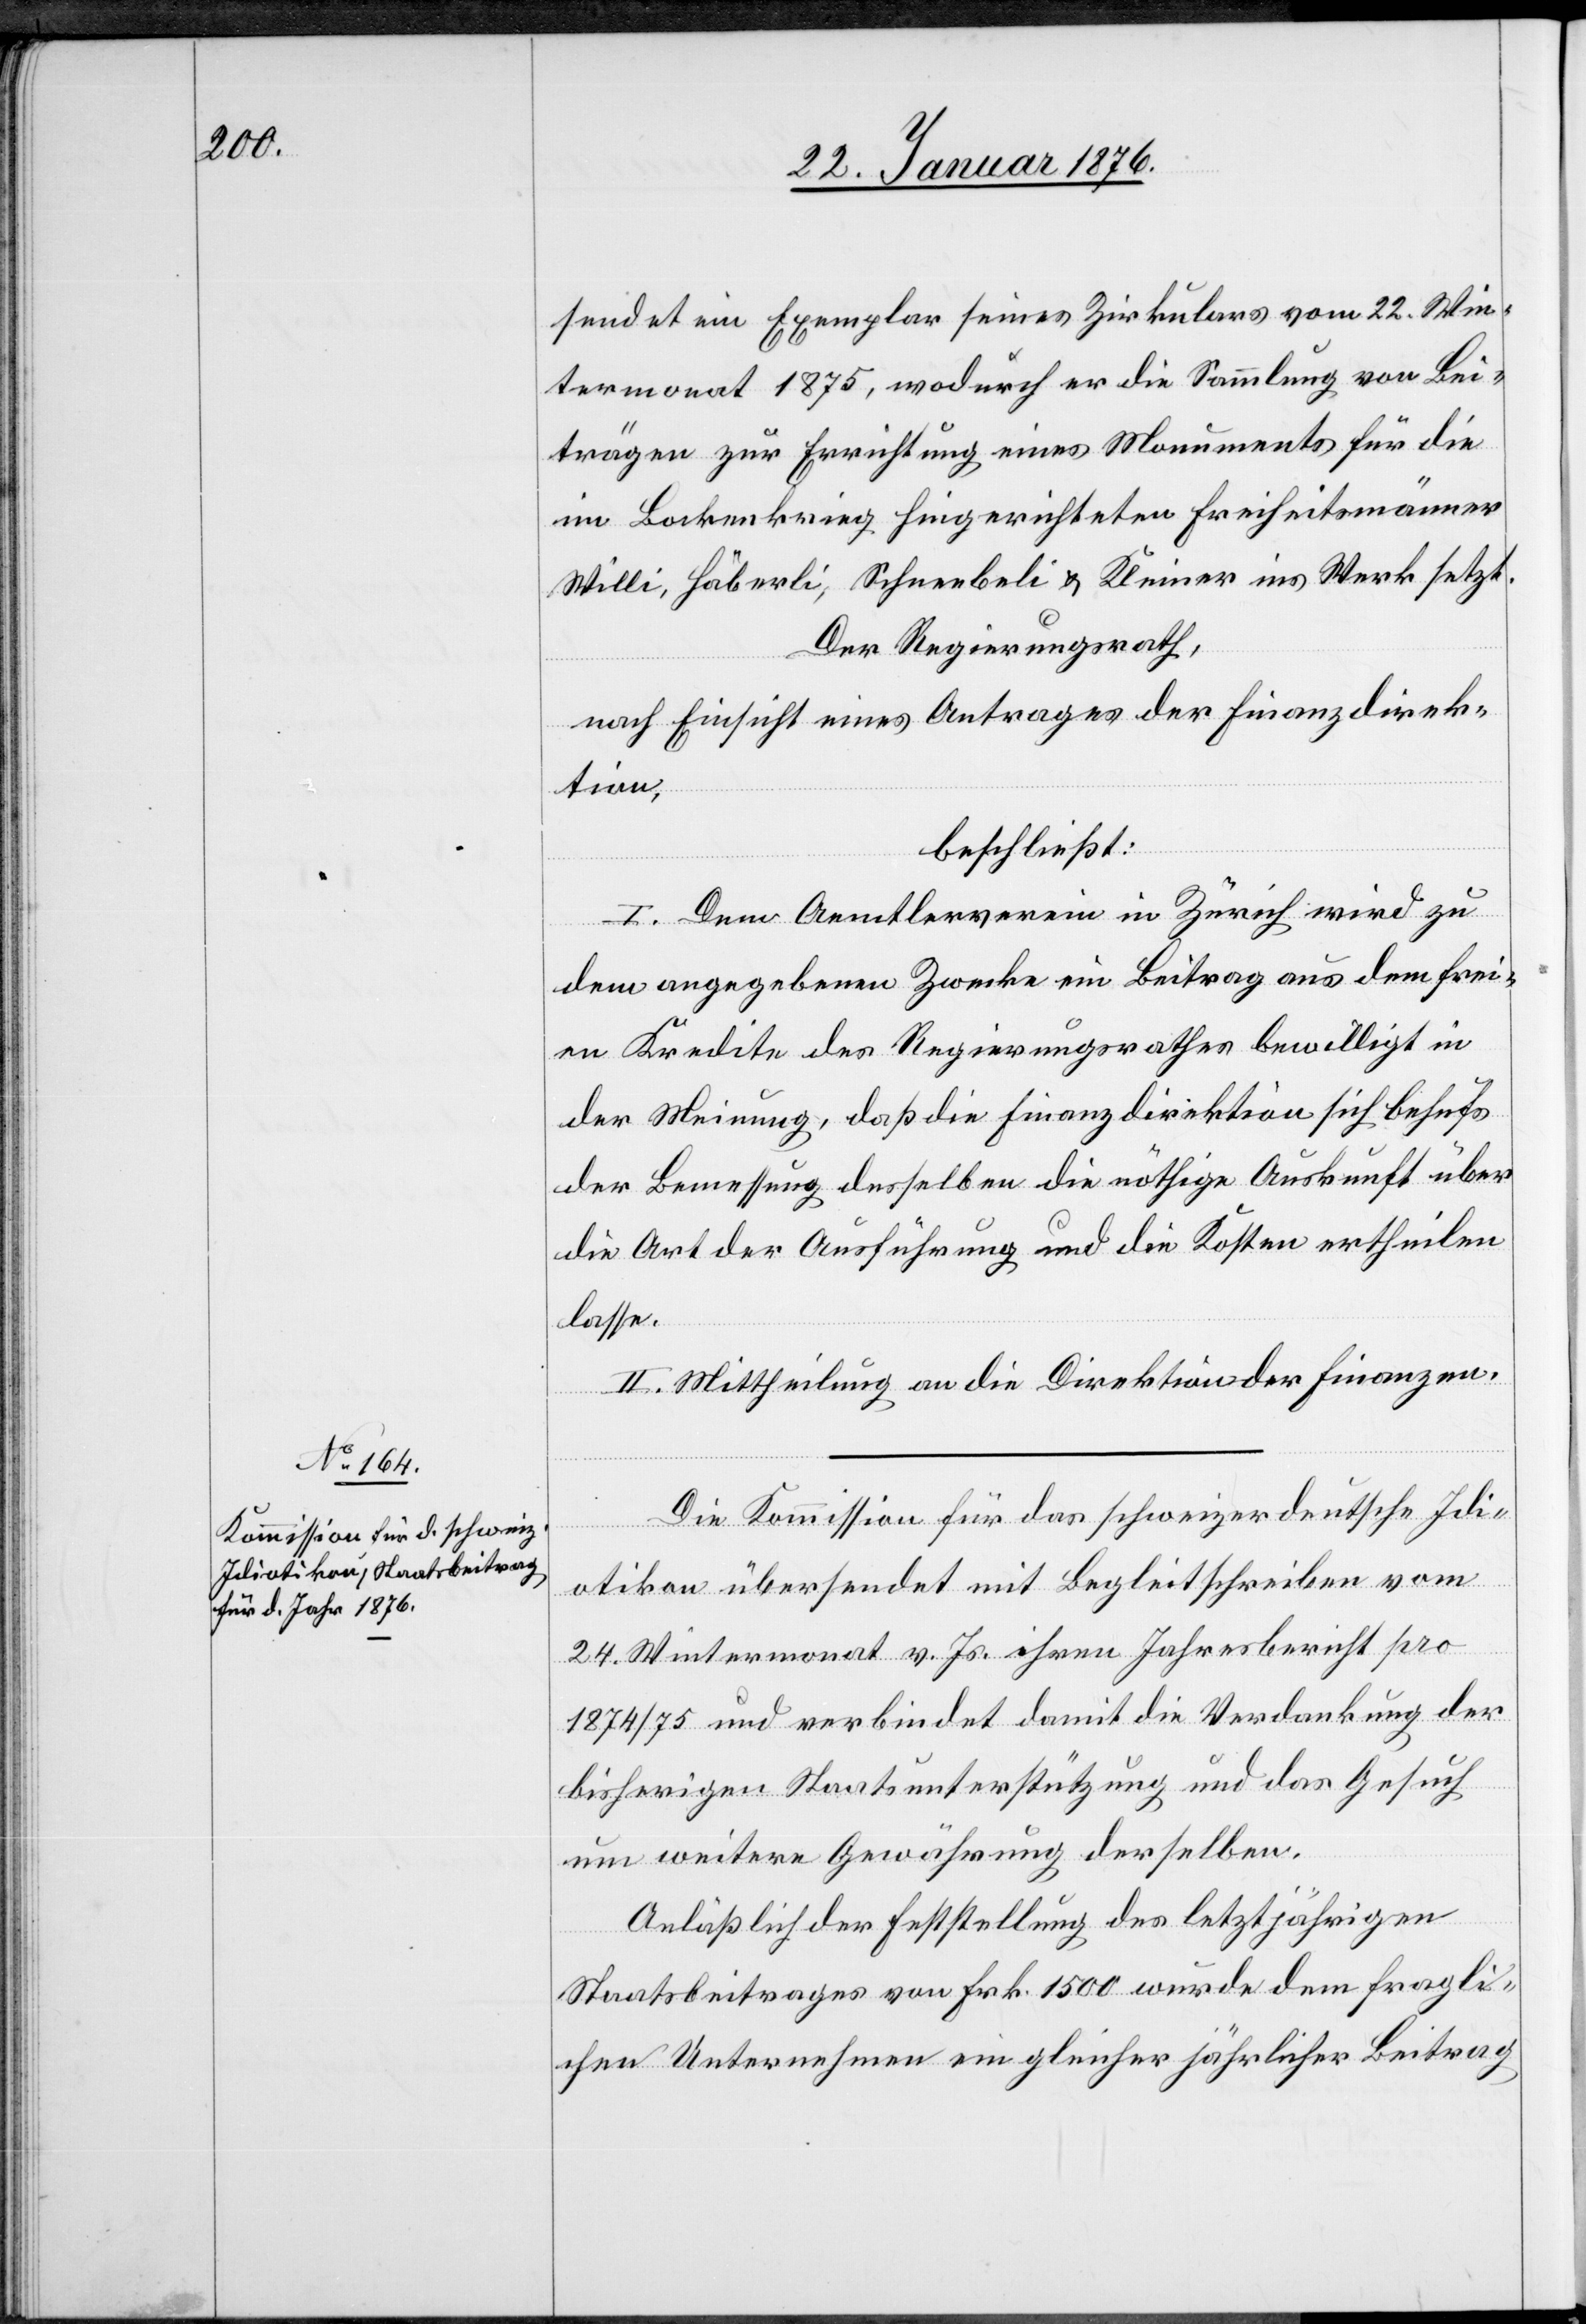
sendet ein Exemplar seines Zirkulars vom 22. Win¬
termonat 1875, wodurch er die Sammlung von Bei¬
trägen zur Errichtung eines Monuments für die
im Bockenkrieg hingerichteten Freiheitsmänner
Willi, Häberli, Schneebeli u. Kleiner ins Werk setzt.
Der Regierungsrath,
nach Einsicht eines Antrages der Finanzdirek¬
tion,
beschließt:
I. Dem Aemtlervereine in Zürich wird zu
dem angegebenen Zwecke ein Beitrag aus dem frei¬
en Kredite des Regierungsrathes bewilligt in
der Meinung, daß die Finanzdirektion sich behufs
der Bemessung desselben die nöthige Auskunft über
die Art der Ausführung und die Kosten ertheilen
lasse.
II. Mittheilung an die Direktion der Finanzen.
Die Kommission für das schweizerdeutsche Idi¬
otikon übersendet mit Begleitschreiben vom
24. Wintermonat v. Js. ihren Jahresbericht pro
1874/75 und verbindet damit die Verdankung der
bisherigen Staatsunterstützung und das Gesuch
um weitere Gewährung derselben.
Anläßlich der Feststellung des letztjährigen
Staatsbeitrages von Frk. 1500 wurde dem fragli¬
chen Unternehmen ein gleicher jährlicher Beitrag